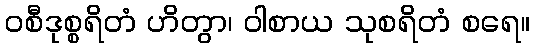
ဝစီဒုစ္စရိတံ ဟိတွာ၊ ဝါစာယ သုစရိတံ စရေ။